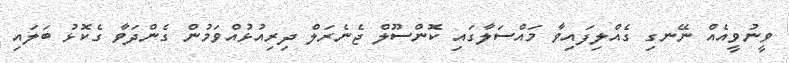
ވީނުވީއެއް ނޭނގި ގެއްލިފައިވާ މައްސަލާގައި ކޮންސޫލް ޖެނެރަލް ދިރިއުޅުއްވަމުން ގެންދަވާ ގެކޮޅު ބަލައި